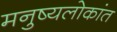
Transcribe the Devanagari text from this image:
मनुष्यलोकांत